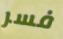
فسر